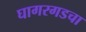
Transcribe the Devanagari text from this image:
घागरगडचा